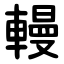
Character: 䡬